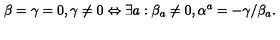
\beta = \gamma = 0 , \gamma \neq 0 \Leftrightarrow \exists a : \beta _ { a } \neq 0 , \alpha ^ { a } = - \gamma / \beta _ { a } .